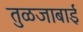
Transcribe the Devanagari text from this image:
तुळजाबाई